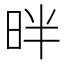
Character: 㫠